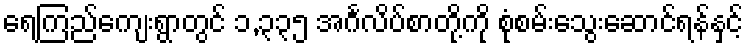
ရေကြည်ကျေးရွာတွင် ၁,၃၃၅ အင်္ဂလိပ်စာတို့ကို စုံစမ်းသွေးဆောင်ရန်နှင့်